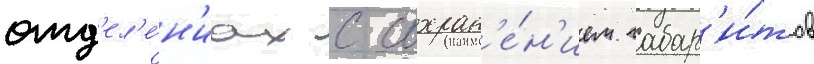
отд'ел'е́н'иах с сохран'е́н'ием габар'и́тов